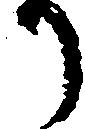
り